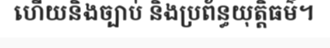
ហើយនិងច្បាប់ និងប្រព័ន្ធយុត្តិធម៌។